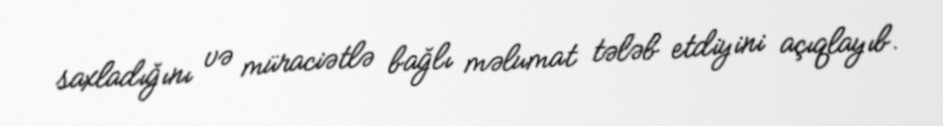
saxladığını və müraciətlə bağlı məlumat tələb etdiyini açıqlayıb.